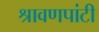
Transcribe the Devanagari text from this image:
श्रावणपांटी